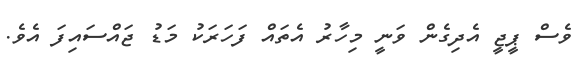
ވެސް ޕީޖީ އެދިގެން ވަނީ މިހާރު އެތައް ފަހަރަކު މަޑު ޖައްސައިފަ އެވެ.